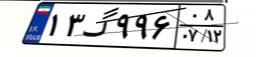
۱۳گ۹۹۶۰۸